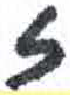
אות: ז